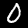
Label: 0